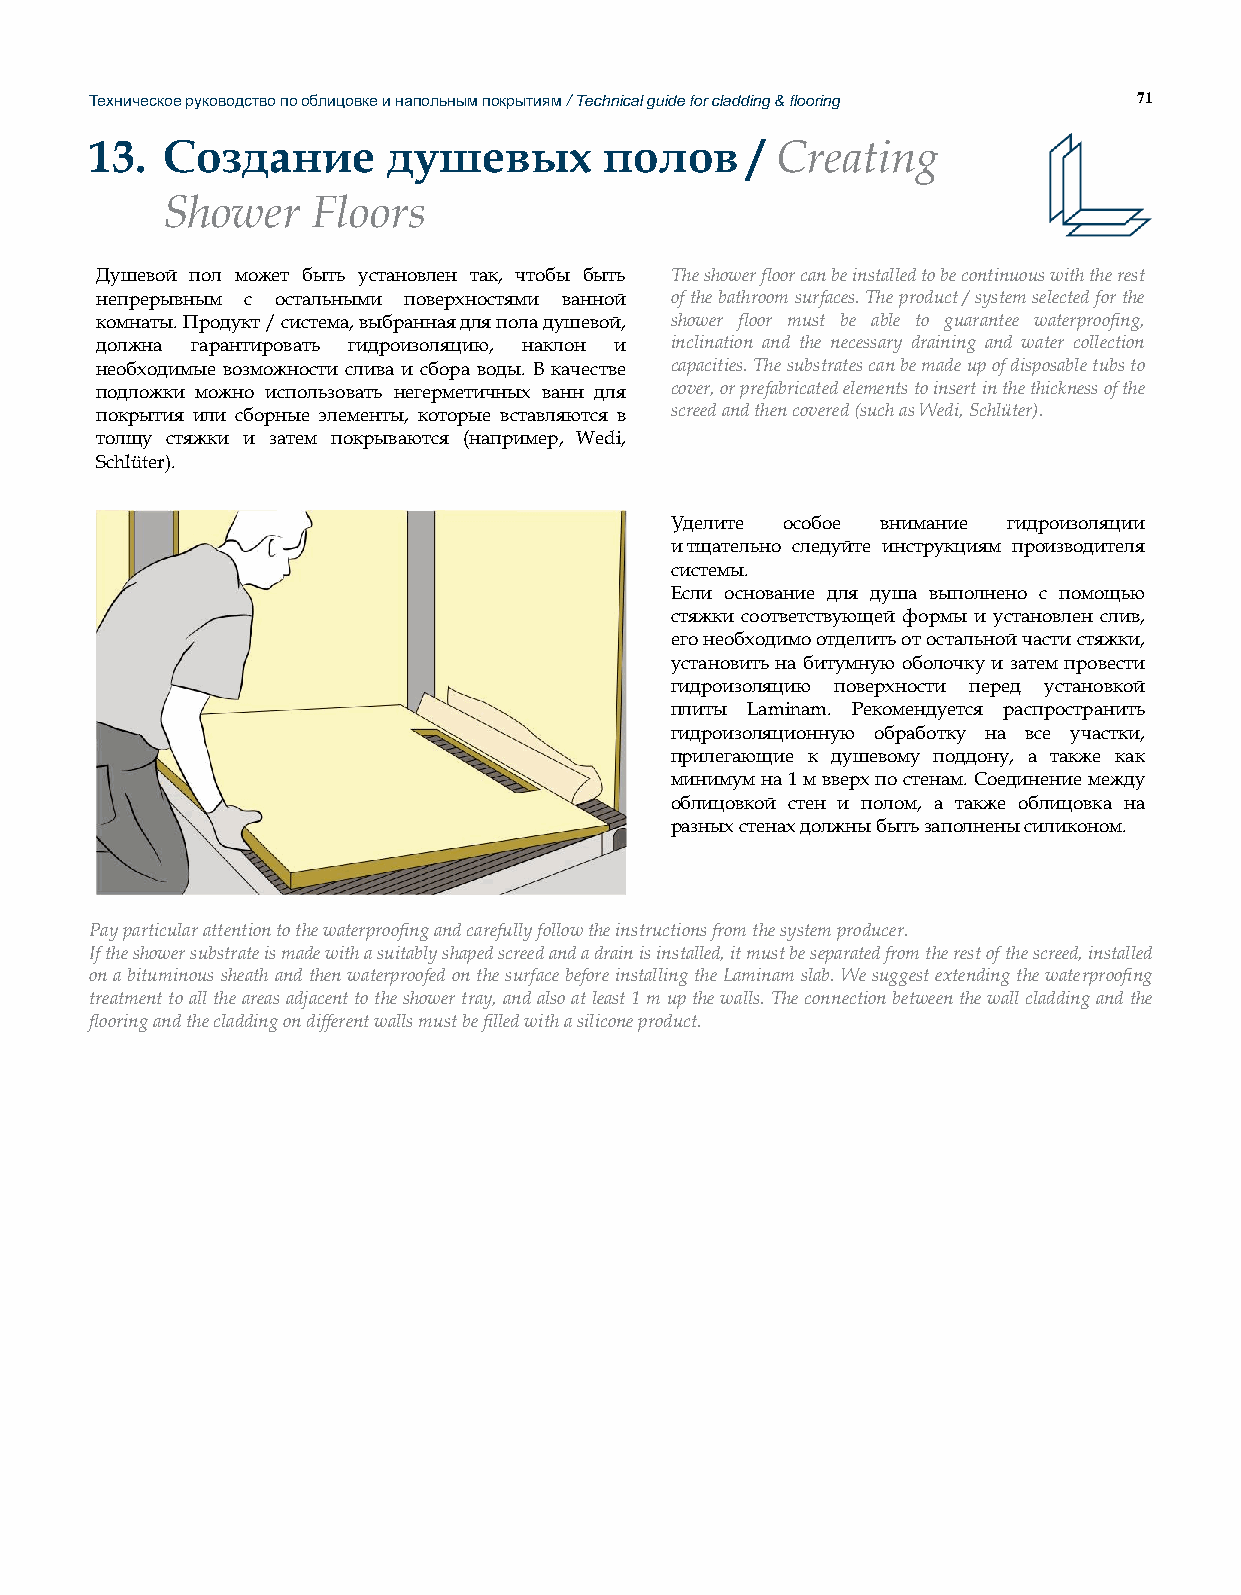
Техническое руководство по облицовке и напольным покрытиям / Technical guide for cladding & flooring 71
 13.  Создание       душевых       полов     / Creating
 Shower    Floors
 Душевой пол может быть установлен так, чтобы быть The shower floor can be installed to be continuous with the rest
 непрерывным с остальными поверхностями ванной of the bathroom surfaces. The product / system selected for the
 комнаты. Продукт / система, выбранная для пола душевой, shower floor must be able to guarantee waterproofing,
 должна гарантировать гидроизоляцию, наклон и inclination and the necessary draining and water collection
 необходимые возможности слива и сбора воды. В качестве capacities. The substrates can be made up of disposable tubs to
 подложки можно использовать негерметичных ванн для cover, or prefabricated elements to insert in the thickness of the
 покрытия или сборные элементы, которые вставляются в screed and then covered (such as Wedi, Schlüter).
 толщу стяжки и затем покрываются (например, Wedi,
 Schlüter).
 Уделите особое внимание гидроизоляции
 и тщательно следуйте инструкциям производителя
 системы.
 Если основание для душа выполнено с помощью
 стяжки соответствующей формы и установлен слив,
 его необходимо отделить от остальной части стяжки,
 установить на битумную оболочку и затем провести
 гидроизоляцию поверхности перед установкой
 плиты Laminam. Рекомендуется распространить
 гидроизоляционную обработку на все участки,
 прилегающие к душевому поддону, а также как
 минимум на 1 м вверх по стенам. Соединение между
 облицовкой стен и полом, а также облицовка на
 разных стенах должны быть заполнены силиконом.
 Pay particular attention to the waterproofing and carefully follow the instructions from the system producer.
 If the shower substrate is made with a suitably shaped screed and a drain is installed, it must be separated from the rest of the screed, installed
 on a bituminous sheath and then waterproofed on the surface before installing the Laminam slab. We suggest extending the waterproofing
 treatment to all the areas adjacent to the shower tray, and also at least 1 m up the walls. The connection between the wall cladding and the
 flooring and the cladding on different walls must be filled with a silicone product.